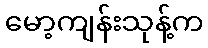
မော့ကျန်းသုန့်က